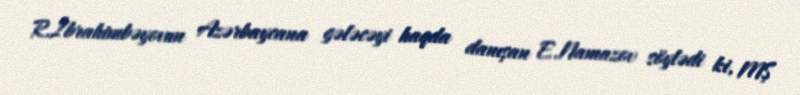
R.İbrahimbəyovun Azərbaycana gələcəyi haqda danışan E.Namazov söylədi ki, MŞ